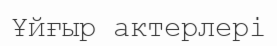
Ұйғыр актерлері